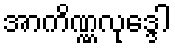
အာကိဏ္ဏလုဒ္ဒေါ